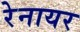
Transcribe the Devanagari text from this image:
रेनायर